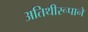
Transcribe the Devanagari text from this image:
अतिथीरूपाने